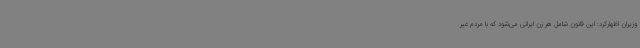
وزیران اظهارکرد: این قانون شامل هر زن ایرانی می‌شود که با مردم غیر